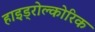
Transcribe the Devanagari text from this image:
हाइड्रोल्कोरिक